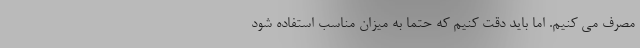
مصرف می کنیم. اما باید دقت کنیم که حتما به میزان مناسب استفاده شود